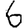
Digit: 6